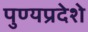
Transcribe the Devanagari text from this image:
पुण्यप्रदेशे